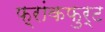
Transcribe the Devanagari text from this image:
फ़्रांकफुर्ट